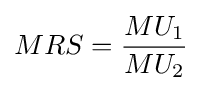
MRS={\frac {MU_{1}}{MU_{2}}}